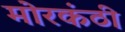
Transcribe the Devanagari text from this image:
मोरकंठी